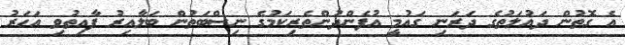
އެ ގޮތުން ދައުލަތުގެ ދަރަނި ގައުމީ އުފެންދުންތެރިކަމުގެ ނިސްބަތުން ބަލާއިރު ފާއިތުވި އަހަރު